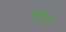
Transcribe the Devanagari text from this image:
एरिट